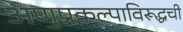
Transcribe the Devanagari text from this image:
अणुप्रकल्पाविरूद्धची